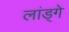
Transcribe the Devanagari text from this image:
लांड्गे